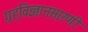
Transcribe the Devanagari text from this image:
ग्रहविज्ञानसारणी